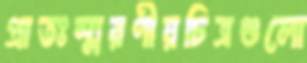
প্রাতঃস্মরণীয়চিত্রগুলো